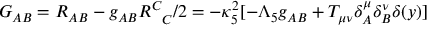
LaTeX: G _ { A B } = R _ { A B } - g _ { A B } R _ { \phantom { C } C } ^ { C } / 2 = - \kappa _ { 5 } ^ { 2 } [ - \Lambda _ { 5 } g _ { A B } + T _ { \mu \nu } \delta _ { A } ^ { \mu } \delta _ { B } ^ { \nu } \delta ( y ) ]